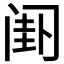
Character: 𬮯